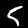
Label: 5